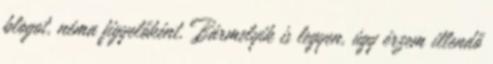
blogot, néma figyelőként. Bármelyik is legyen, úgy érzem illendő